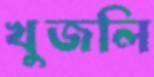
খুজলি